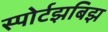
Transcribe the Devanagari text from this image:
स्पोर्टझबिझ